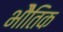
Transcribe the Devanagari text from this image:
भोैतिक